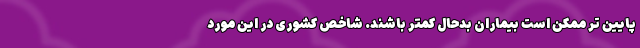
پایین تر ممکن است بیماران بدحال کمتر باشند. شاخص کشوری در این مورد